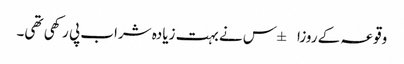
وقوعہ کے روزا±س نے بہت زیادہ شراب پی رکھی تھی۔